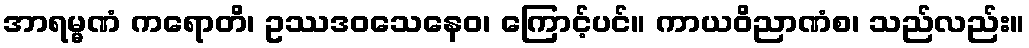
အာရမ္မဏံ ကရောတိ၊ ဥဿဒဝသေနေဝ၊ ကြောင့်ပင်။ ကာယဝိညာဏံစ၊ သည်လည်း။